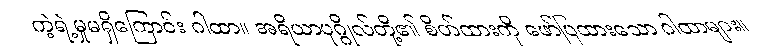
ကဲ့ရဲ့မှုမရှိကြောင်း ဂါထာ။ အရိယာပုဂ္ဂိုလ်တို့၏ စိတ်ထားကို ဖော်ပြထားသော ဂါထာများ။